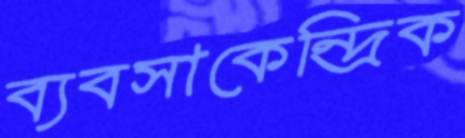
ব্যবসাকেন্দ্রিক